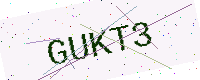
Text: GUKT3